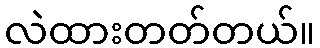
လဲထားတတ်တယ်။